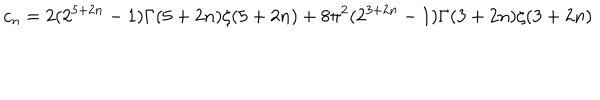
c _ { n } = 2 ( 2 ^ { 5 + 2 n } - 1 ) \Gamma ( 5 + 2 n ) \zeta ( 5 + 2 n ) + 8 \pi ^ { 2 } ( 2 ^ { 3 + 2 n } - 1 ) \Gamma ( 3 + 2 n ) \zeta ( 3 + 2 n )